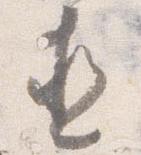
直